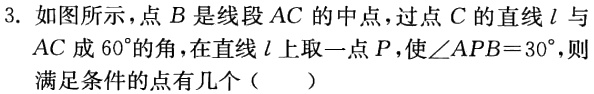
3. 如图所示，点\(B\)是线段\(AC\)的中点，过点\(C\)的直线\(l\)与\(AC\)成\(60^{\circ}\)的角，在直线\(l\)上取一点\(P\)，使\(\angle APB = 30^{\circ}\)，则满足条件的点有几个（  ）